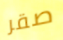
صقر